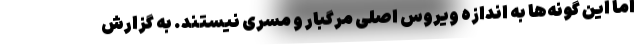
اما این گونه‌ها به اندازه ویروس اصلی مرگبار و مسری نیستند. به گزارش